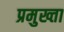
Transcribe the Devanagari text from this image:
प्रमुख्ता